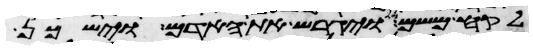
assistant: לקח משם ויגרש את האדם וישכן